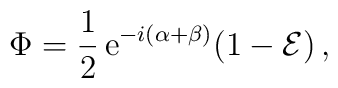
\Phi = \frac{1}{2}\,{\rm e}^{-i(\alpha + \beta)} (1 - {\cal E}) \,,